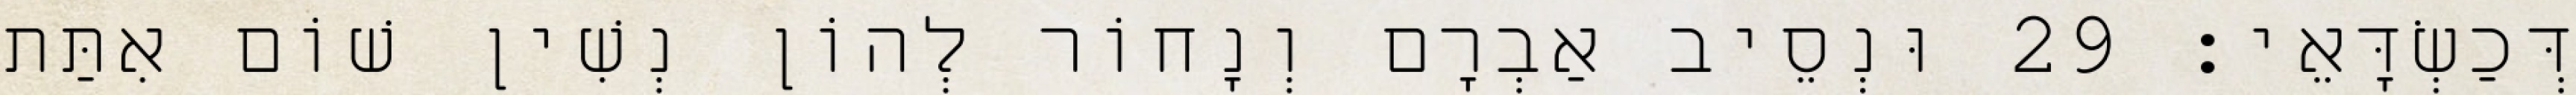
דְּכַשְׂדָּאֵי׃ 29 וּנְסֵיב אַבְרָם וְנָחוֹר לְהוֹן נְשִׁין שׁוֹם אִתַּת